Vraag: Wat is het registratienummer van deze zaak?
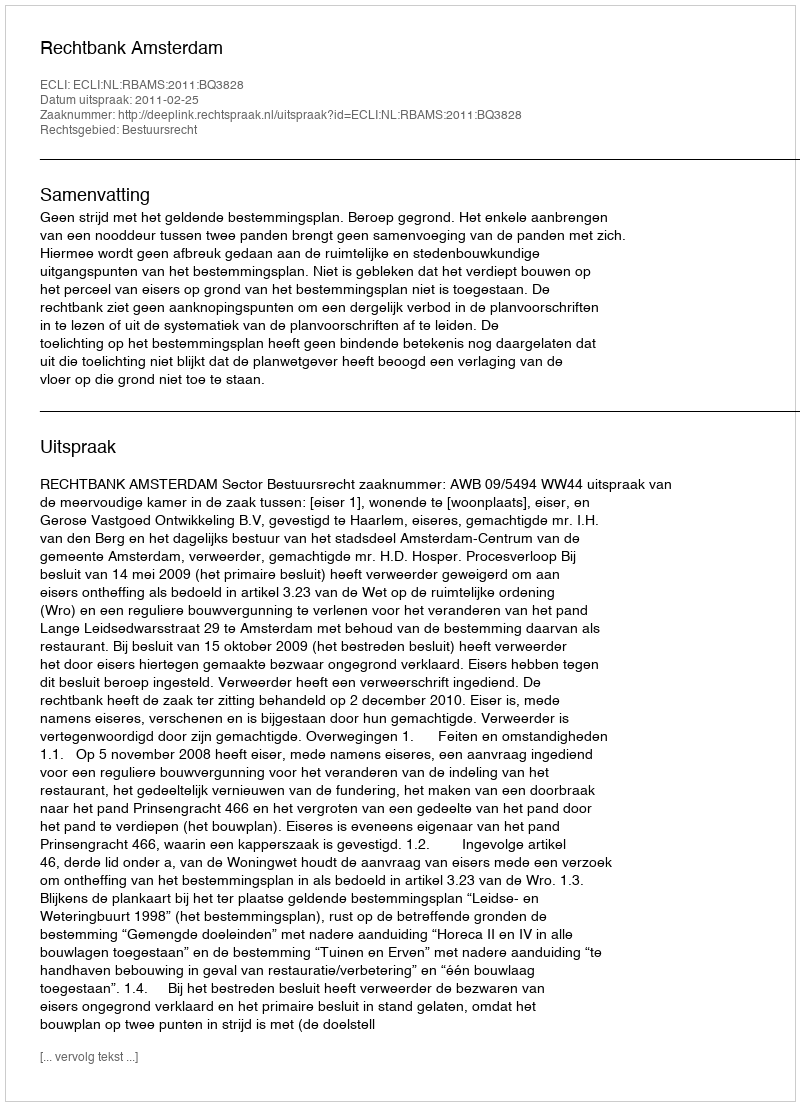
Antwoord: http://deeplink.rechtspraak.nl/uitspraak?id=ECLI:NL:RBAMS:2011:BQ3828